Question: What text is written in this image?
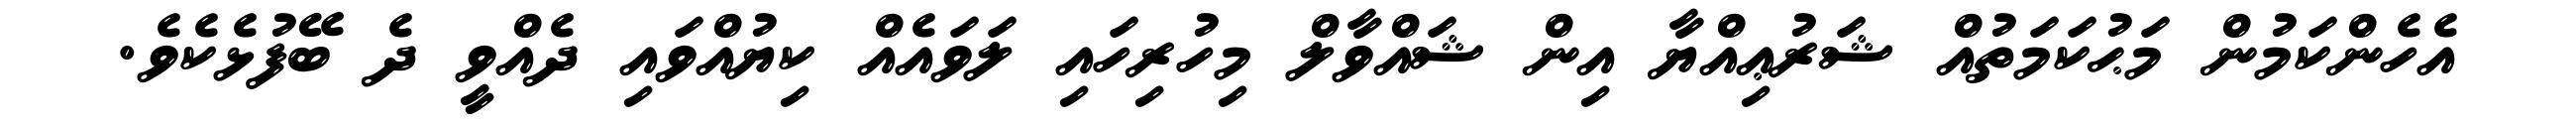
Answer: އެހެންކަމުން މަޙުކަމަތުއް ޝަރުޢިއްޔާ އިން ޝައްވާލް މިހުރިހައި ލަވައެއް ކިޔުއްވައި ދެއްވީ ދެ ބޭފުޅެކެވެ.